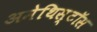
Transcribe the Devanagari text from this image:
अमेथिस्टॉस